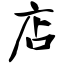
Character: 店